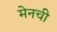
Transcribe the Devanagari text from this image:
मेनची